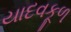
યાદવકૂળ